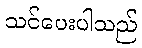
သင်ပေးပါသည်